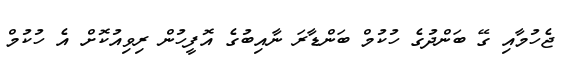
ޖެހުމާއި ގޭ ބަންދުގެ ހުކުމް ބަންޑާރަ ނާއިބުގެ އޮފީހުން ރިވިއުކޮށް އެ ހުކުމް